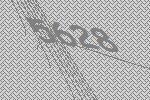
5628